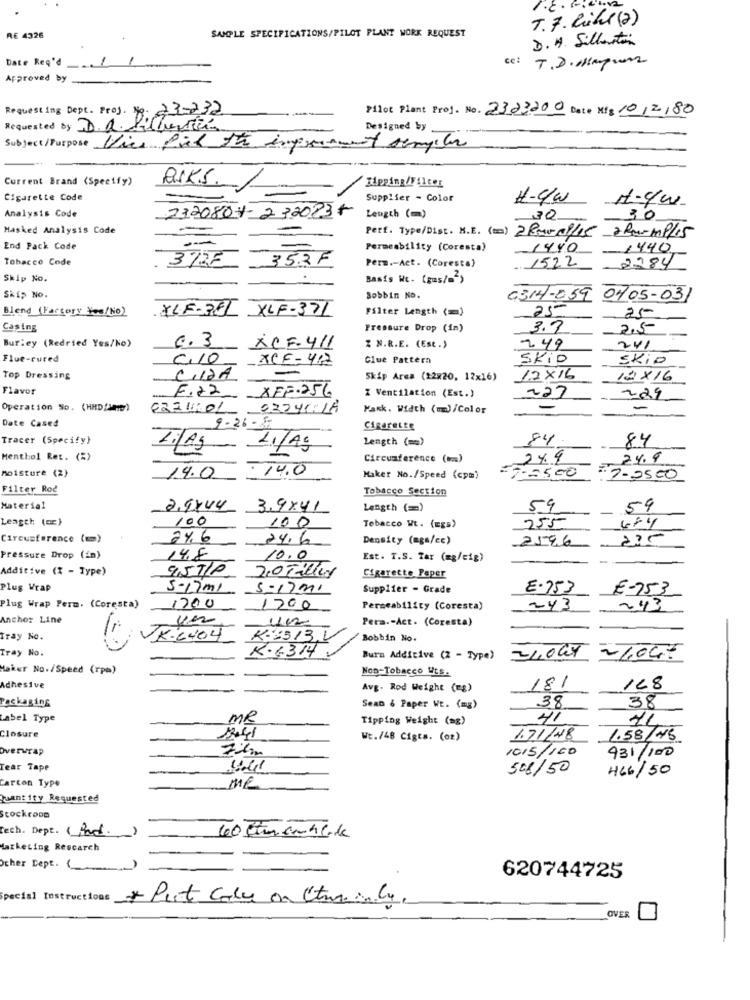
T.7. Riks (2)
RE 4326
SAMPLE SPECIFICATIONS/PILOT PLANT WORK REQUEST
D. H. Sillaston
Date Req'd
ce: T.D.Hayun
Approved by
Requesting Dept. Proj. Nie-
23-232
Pilot Plant Proj. No. 2323200 Date Mig 10/2/80
Requested by a Picturein
Designed by
Subject /Purpose
Viss Piel the informent sempler
Current Brand (Specify)
ASK.S.
Cigarette Code
Supplier - Color
H-4/W
H-yw
2320804- 2320234
Analysis Code
Leugth (m)
30
30
Masked Analysis Code
Perf. Type/Dist. M.E. (m) 2 Paroles 2for mp/15
End Pack Code
Permeability (Coresta)
1440
1440
Tobacco Code
3723
35.2F
Perm .- Act. (Coresta)
1522
2284
Skip No.
Basis We. [gus/=2)
SKIŞ NO.
Bobbin No.
0314-059 0405-031
Blend (Factory Yes/No)
XLF-3FL XLF-371
Filter Length (=)
25
Casing
Pressure Drop (in)
3.7
2,5
6.3
Burley (Redried Yes/No)
XCF-411
% N.R.E. (Est.)
249
241
Flue-cured
C10
-XCF= 412
Clue Pattern
SKID
SKio
CIDÃ
Top Dressing
Skip Area (22820, 12x16)
12X16
12×16
Flavor
F.22 XFF-256
-
Z Ventilation (Est.)
227
229
Operation So. (HHD/H)
Kask. Width (m)/Color
-
9-26-8
Date Cased
Cigarette
Tracer (Specify}
Length (=)
84
84
Ti|Ag
- LI/AS
Menthol Ret. (%)
Circumference (om)
244
24.9
14.0
-7-2500
Moisture (2)
14.0
Maker No./Speed (cpm)
:7-9500
Filter Roč
Tobacco Section
Material
2.9744
3.9841
Length (=)
59
59
Length (or)
100
255
484
100
Tobacco Wt. (EgS)
Circumference (mm)
24.6
24.6
Density (mgs/cc)
2596
pressure Drop (in)
14,8
10.0
Est. T.S. Zar (mg/cig)
Additive (X - Type)
9,57/P
20 Tiller
Cigarette Paper
Plus Wrap
5-17 ml
5-17ml
Supplier - Grade
E.753
E-753
Plug Wrap Perm. (Coresta)
1700
1200
Permeability (Coresta)
243
243
Anchor Line
Luz
Pera .- Act. (Coresta)
Tray No.
K.6404
K-3513.V
Bobbin No.
K.6314.
Tray No.
Bura Additive (2 - Type)
24,064
2/04:
Haker No./Speed (rpm)
Non-Tobacco WES.
Adhesive
Avg. Rod Weight (mg)
181
128
Packaging
Sean & Paper WE. (mg)
38
38
Label Type
MR
Tipping Weight (mg)
41
14
Closure
Wt./48 Cigts. (or)
1.71/48
1.58/45
Overwrap
1015/ 160
431/100
Tear Tape
508/50
466/50
Carton Type
Me
Quantity Requested
Stockroom
Tech. Dept. ( And.
Marketing Rescarch
Ocher Dept. ()
620744725
Put Call on Stmainly.
OVER